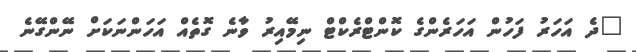
"ދެ އަހަރު ފަހުން އަހަރެންގެ ކޮންޓްރެކްޓް ނިމޭއިރު ވާނެ ގޮތެއް އަހަންނަކަށް ނޭންގޭނެ